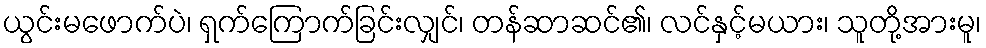
ယွင်းမဖောက်ပဲ၊ ရှက်ကြောက်ခြင်းလျှင်၊ တန်ဆာဆင်၏၊ လင်နှင့်မယား၊ သူတို့အားမူ၊